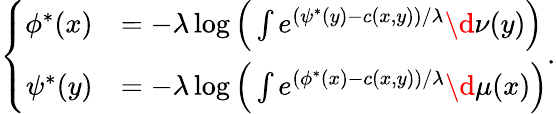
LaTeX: \begin{array}{r}{\left\{ \begin{array}{rl}{\phi^{*}(x)}&{=-\lambda\log\Big(\int e^{(\psi^{*}(y)-c(x,y))/\lambda}\d\nu(y)\Big)}\\ {\psi^{*}(y)}&{=-\lambda\log\Big(\int e^{(\phi^{*}(x)-c(x,y))/\lambda}\d\mu(x)\Big)}\end{array}\right..}\end{array}